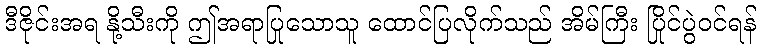
ဒီဇိုင်းအရ နို့သီးကို ဤအရာပြုသောသူ ထောင်ပြလိုက်သည် အိမ်ကြီး ပြိုင်ပွဲဝင်ရန်